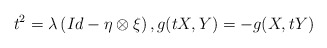
\begin{align*} t^{2} =\lambda \left(Id-\eta \otimes \xi \right), g(tX, Y)=-g(X, tY)\end{align*}